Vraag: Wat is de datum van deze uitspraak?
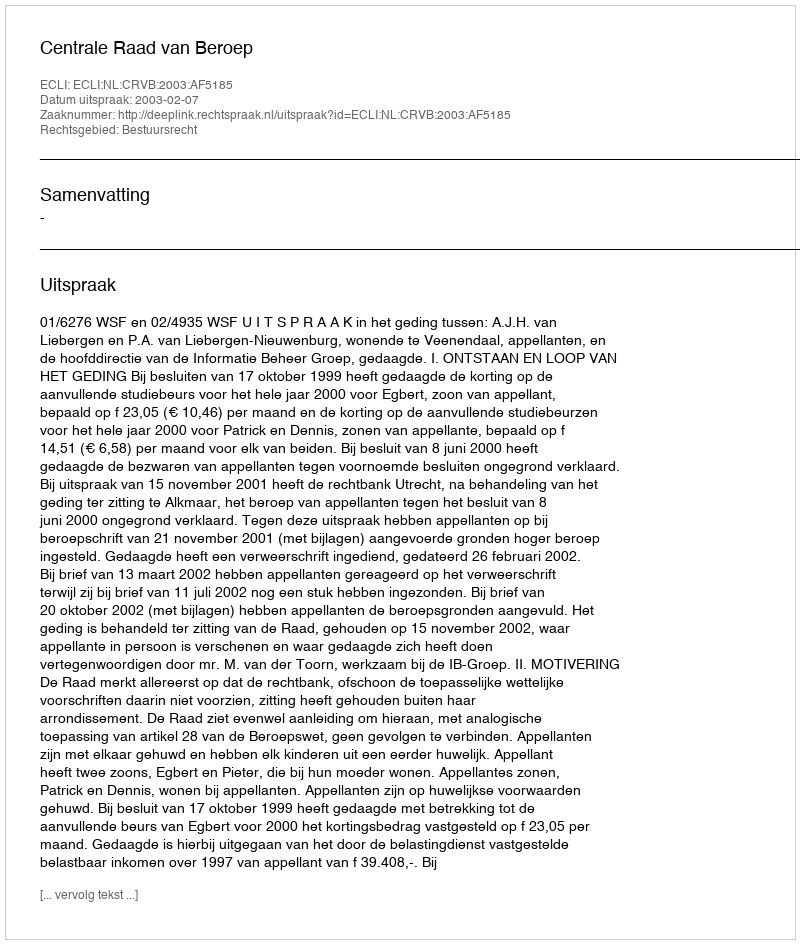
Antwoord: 2003-02-07